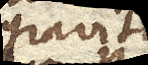
gravitatem